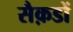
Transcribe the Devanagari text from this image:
सैक़डों